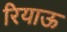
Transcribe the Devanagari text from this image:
रियाऊ